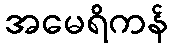
အမေရိကန်